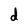
Character: d